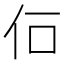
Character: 𠇅